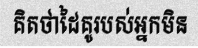
គិតថាដៃគូរបស់អ្នកមិន